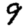
Digit: 9